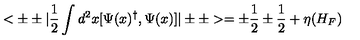
< \pm \pm | { \frac { 1 } { 2 } } \int d ^ { 2 } x [ \Psi ( x ) ^ { \dagger } , \Psi ( x ) ] | \pm \pm > = \pm { \frac { 1 } { 2 } } \pm { \frac { 1 } { 2 } } + \eta ( H _ { F } )